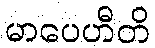
မာပေဟီတိ